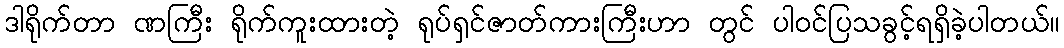
ဒါရိုက်တာ ဏကြီး ရိုက်ကူးထားတဲ့ ရုပ်ရှင်ဇာတ်ကားကြီးဟာ တွင် ပါ၀င်ပြသခွင့်ရရှိခဲ့ပါတယ်။